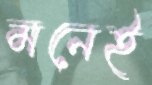
মনেই